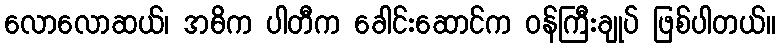
လောလောဆယ်၊ အဓိက ပါတီက ခေါင်းဆောင်က ဝန်ကြီးချုပ် ဖြစ်ပါတယ်။